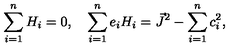
\sum _ { i = 1 } ^ { n } H _ { i } = 0 , \quad \sum _ { i = 1 } ^ { n } e _ { i } H _ { i } = \vec { J } ^ { 2 } - \sum _ { i = 1 } ^ { n } c _ { i } ^ { 2 } ,